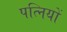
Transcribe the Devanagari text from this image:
पत्‍िनयों